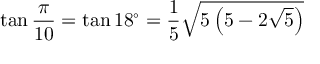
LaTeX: \tan { \frac { \pi } { 1 0 } } = \tan 1 8 ^ { \circ } = { \frac { 1 } { 5 } } { \sqrt { 5 \left( 5 - 2 { \sqrt { 5 } } \right) } }